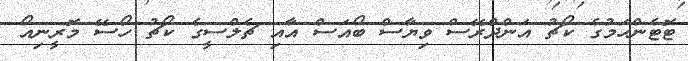
ޓޮޓެންހަމުގެ ކޯޗު އަންދްރޭސް ވިޔާސް ބޯއަސް އާއި ޗެލްސީގެ ކޯޗު ހޯސޭ މޮރީނިއޯ